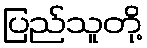
ပြည်သူတို့